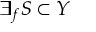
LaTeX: \exists _ { f } S \subset Y